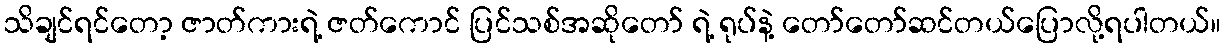
သိချင်ရင်တော့ ဇာတ်ကားရဲ့ ဇတ်ကောင် ပြင်သစ်အဆိုတော် ရဲ့ ရုပ်နဲ့ တော်တော်ဆင်တယ်ပြောလို့ရပါတယ်။